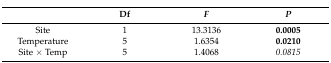
|  | Df | F | P |
 | --- | --- | --- | --- |
 | Site | 1 | 13.3136 | 0.0005 |
 | Temperature | 5 | 1.6354 | 0.0210 |
 | Site × Temp | 5 | 1.4068 | 0.0815 |